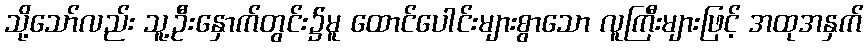
သို့သော်လည်း သူ့ဦးနှောက်တွင်း၌မူ ထောင်ပေါင်းများစွာသော လူကြီးများဖြင့် အထုအနှက်